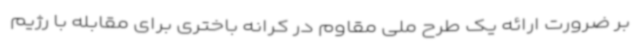
بر ضرورت ارائه یک طرح ملی مقاوم در کرانه باختری برای مقابله با رژیم